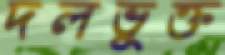
দলভুক্ত